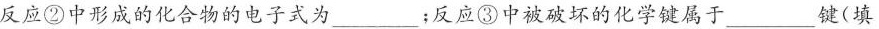
反应②中形成的化合物的电子式为___；反应③中被破坏的化学键属于___ 键（填